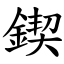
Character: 鍥